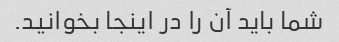
شما باید آن را در اینجا بخوانید.